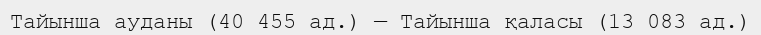
Тайынша ауданы (40 455 ад.) — Тайынша қаласы (13 083 ад.)